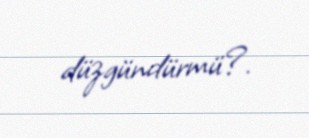
düzgündürmü?.